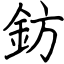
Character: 鈁